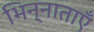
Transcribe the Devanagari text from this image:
भिन्नाताएँ